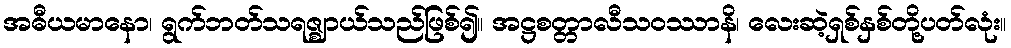
အဓီယမာနော၊ ရွက်ဘတ်သရဇ္ဈာယ်သည်ဖြစ်၍။ အဋ္ဌစတ္တာလီသဝဿာနိ၊ လေးဆဲ့ရှစ်နှစ်တို့ပတ်လုံး။